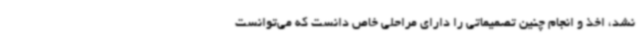
نشد، اخذ و انجام چنین تصمیماتی را دارای مراحلی خاص دانست که می‌توانست